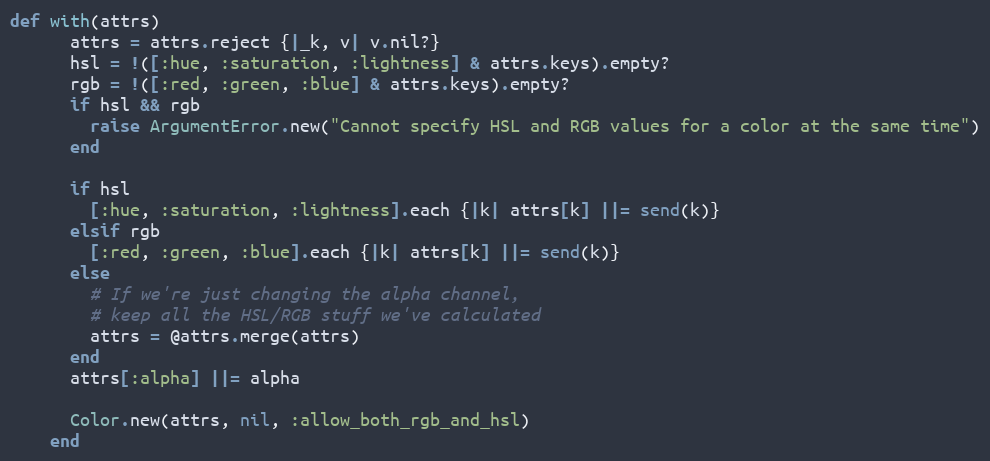
Language: Ruby
def with(attrs)
      attrs = attrs.reject {|_k, v| v.nil?}
      hsl = !([:hue, :saturation, :lightness] & attrs.keys).empty?
      rgb = !([:red, :green, :blue] & attrs.keys).empty?
      if hsl && rgb
        raise ArgumentError.new("Cannot specify HSL and RGB values for a color at the same time")
      end

      if hsl
        [:hue, :saturation, :lightness].each {|k| attrs[k] ||= send(k)}
      elsif rgb
        [:red, :green, :blue].each {|k| attrs[k] ||= send(k)}
      else
        # If we're just changing the alpha channel,
        # keep all the HSL/RGB stuff we've calculated
        attrs = @attrs.merge(attrs)
      end
      attrs[:alpha] ||= alpha

      Color.new(attrs, nil, :allow_both_rgb_and_hsl)
    end